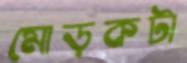
মোড়কটা